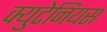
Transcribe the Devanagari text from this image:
क्युटेनियस